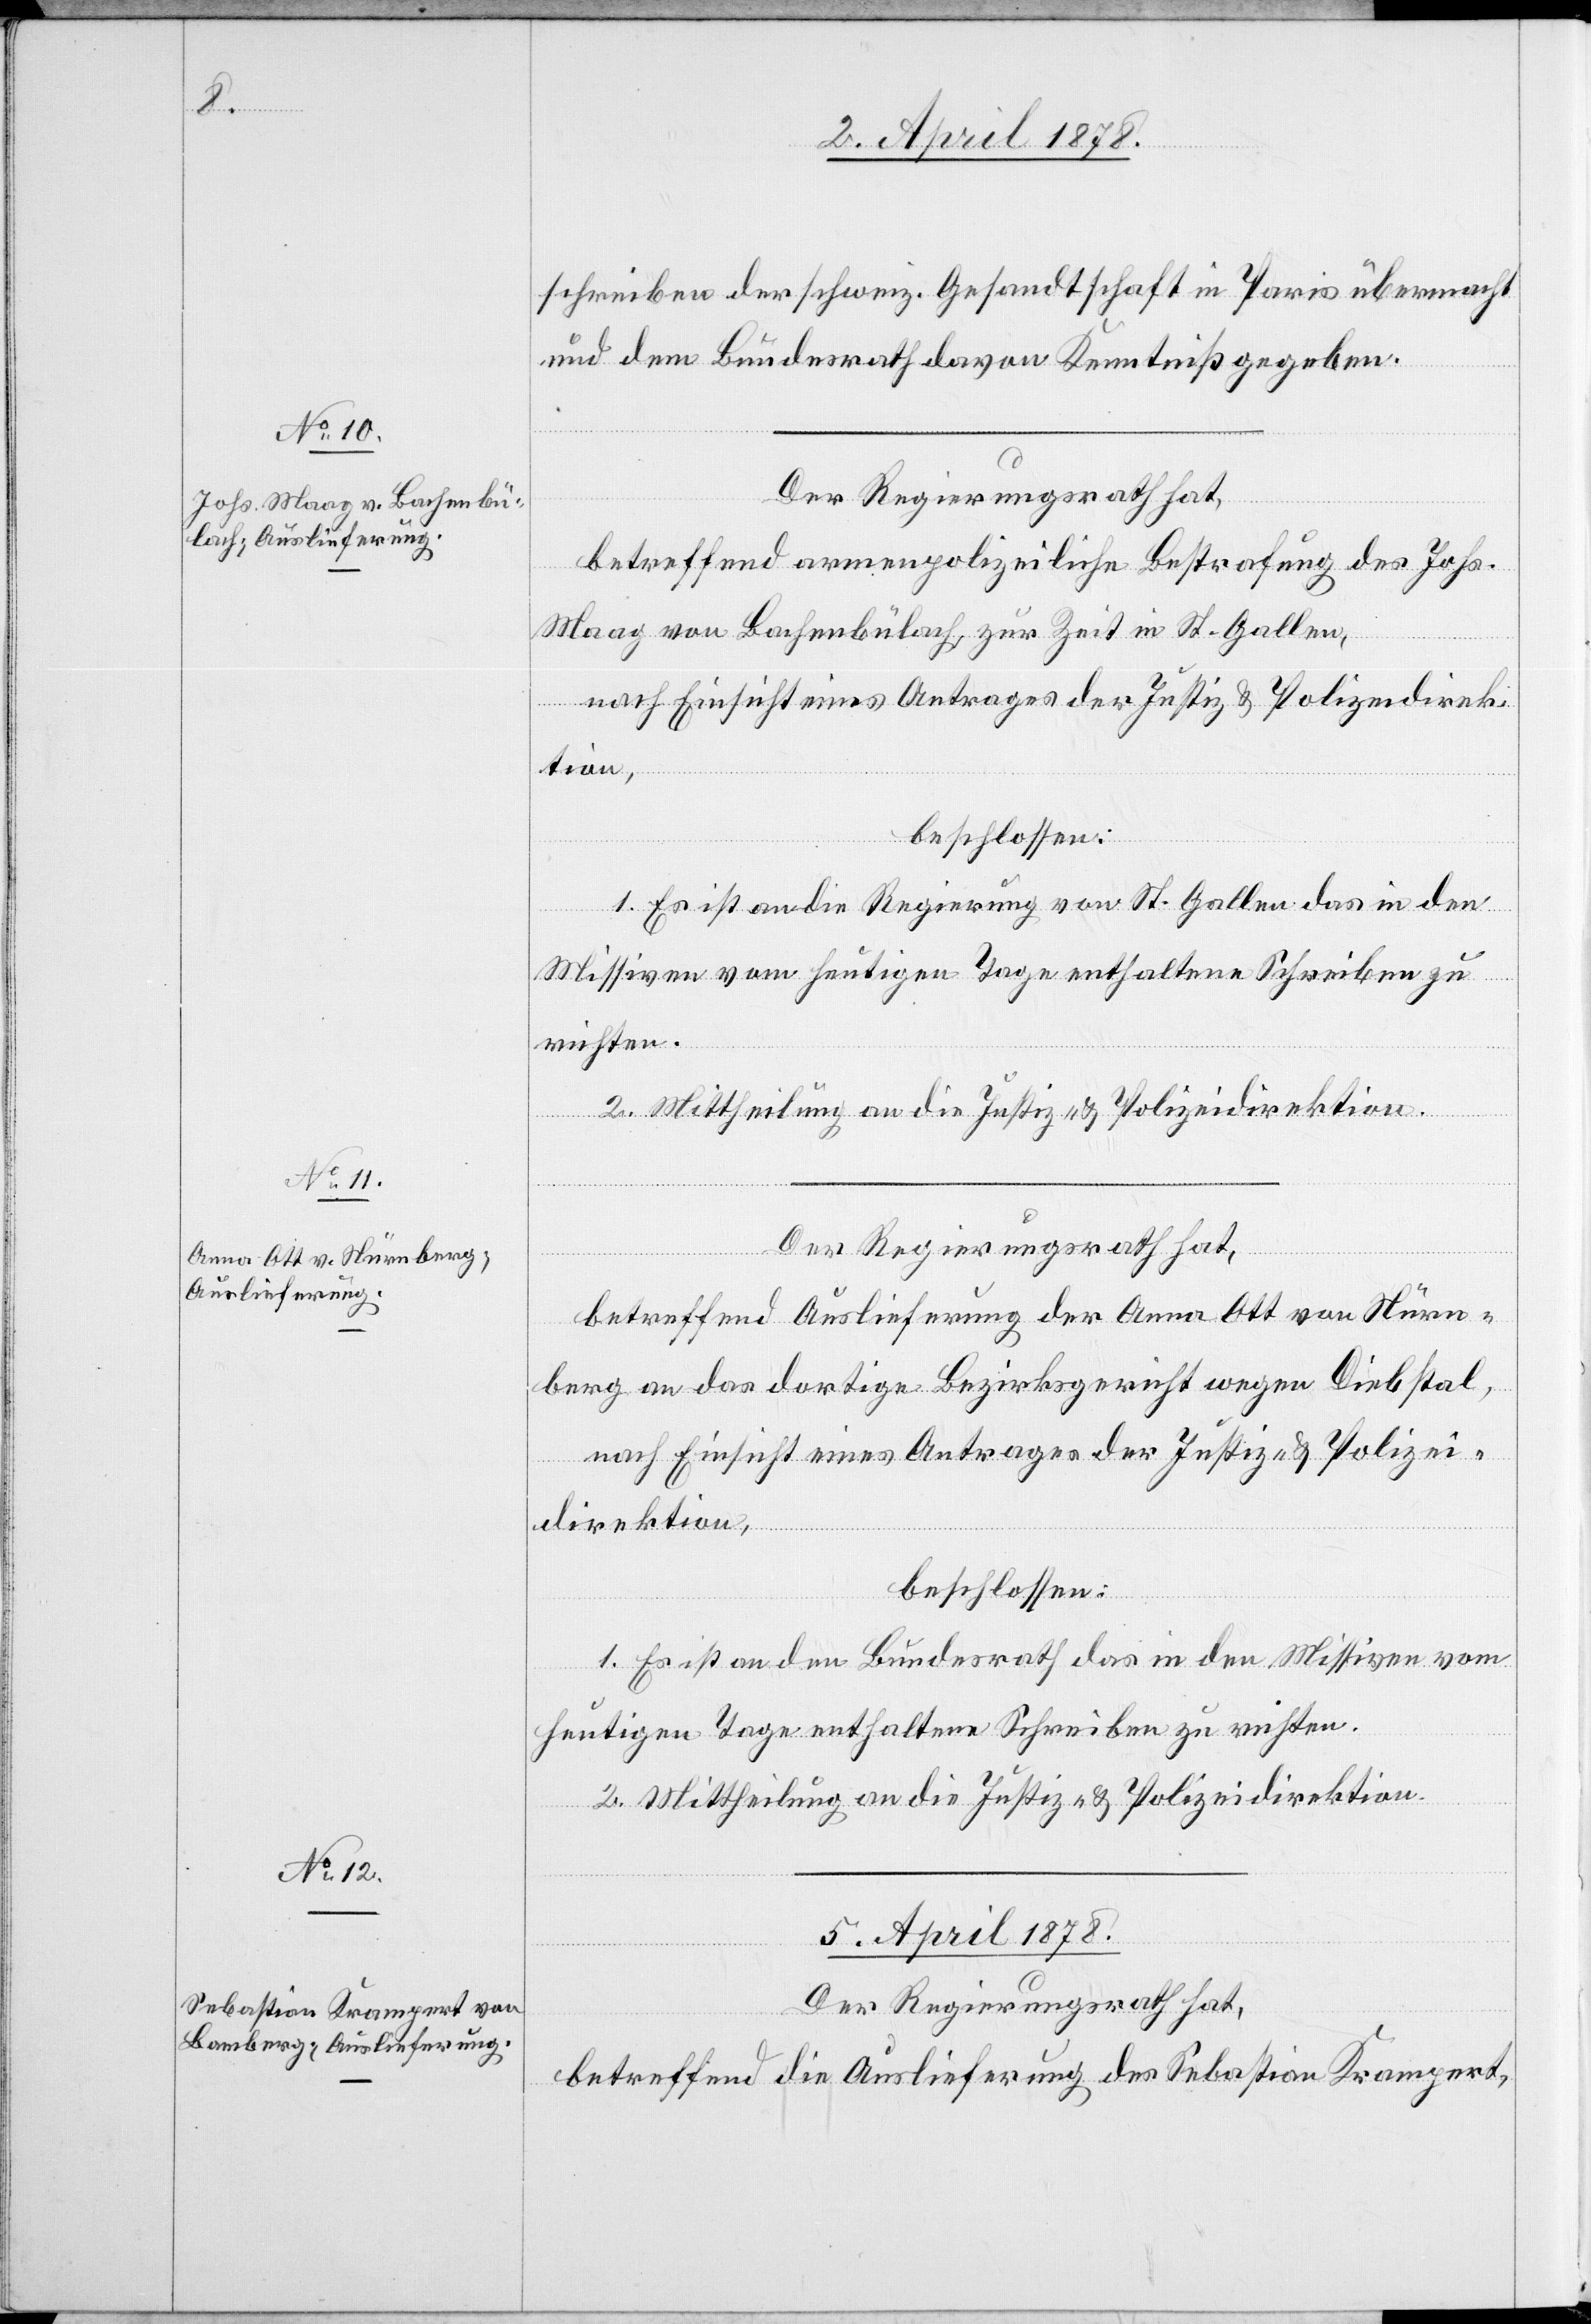
[Präsidi¬

4. April 1878.]
schreiben der schweiz. Gesandtschaft in Paris übermacht
und dem Bundesrath davon Kenntniß gegeben.
Der Regierungsrath hat,
betreffend armenpolizeiliche Bestrafung des Johs.
Maag von Bachenbülach, zur Zeit in St. Gallen,
nach Einsicht eines Antrages der Justiz- & Polizeidirek¬
tion,
beschlossen:
1. Es ist an die Regierung von St. Gallen das in den
fügungen.
Missiven vom heutigen Tage enthaltene Schreiben zu
richten.
2. Mittheilung an die Justiz- & Polizeidirektion.
Der Regierungsrath hat,
betreffend Auslieferung der Anna Ott von Nürn¬
berg an das dortige Bezirksgericht wegen Diebstal,
nach Einsicht eines Antrages der Justiz- & Polizei¬
direktion,
beschlossen:
1. Es ist an den Bundesrath das in den Missiven vom
heutigen Tage enthaltene Schreiben zu richten.
2. Mittheilung an die Justiz- & Polizeidirektion.
5. April 1878.
Der Regierungsrath hat,
betreffend Auslieferung des Sebastian Krampert,